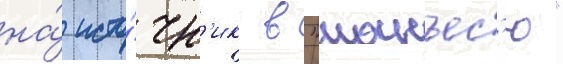
на́ исто́чн'ик в "манъес'ю"